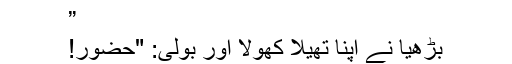
”
بڑھیا نے اپنا تھیلا کھولا اور بولی: "حضور!